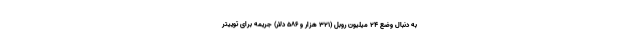
به دنبال وضع ۲۴ میلیون روبل (۳۲۱ هزار و ۵۸۶ دلار) جریمه برای توییتر